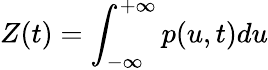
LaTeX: Z(t)=\int_{-\infty}^{+\infty}p(u,t)du